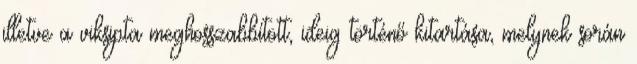
illetve a viksipta meghosszabbított, ideig történő kitartása, melynek során